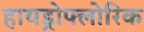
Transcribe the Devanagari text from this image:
हायड्रोफ्लोरिक